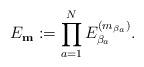
LaTeX: \begin{align*}E_{{\bf m}} := \prod_{a=1}^N E_{\beta_a}^{(m_{\beta_a})}.\end{align*}